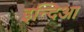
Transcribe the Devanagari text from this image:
इन्दिआ